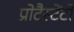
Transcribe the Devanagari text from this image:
प्रोटैस्टेंटों